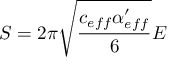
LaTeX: S = 2 \pi \sqrt { \frac { c _ { e f f } \alpha _ { e f f } ^ { \prime } } { 6 } } E